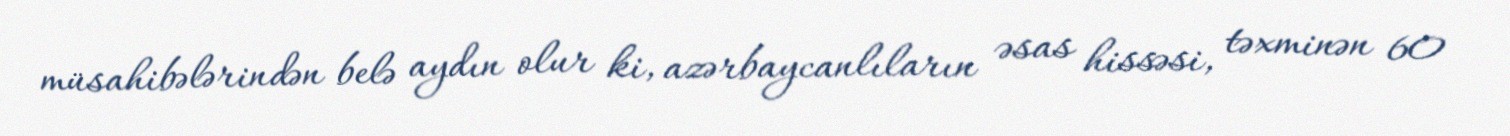
müsahibələrindən belə aydın olur ki, azərbaycanlıların əsas hissəsi, təxminən 60